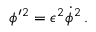
\phi ^ { \prime } { } ^ { 2 } = \epsilon ^ { 2 } { \dot { \phi } } ^ { 2 } \, .